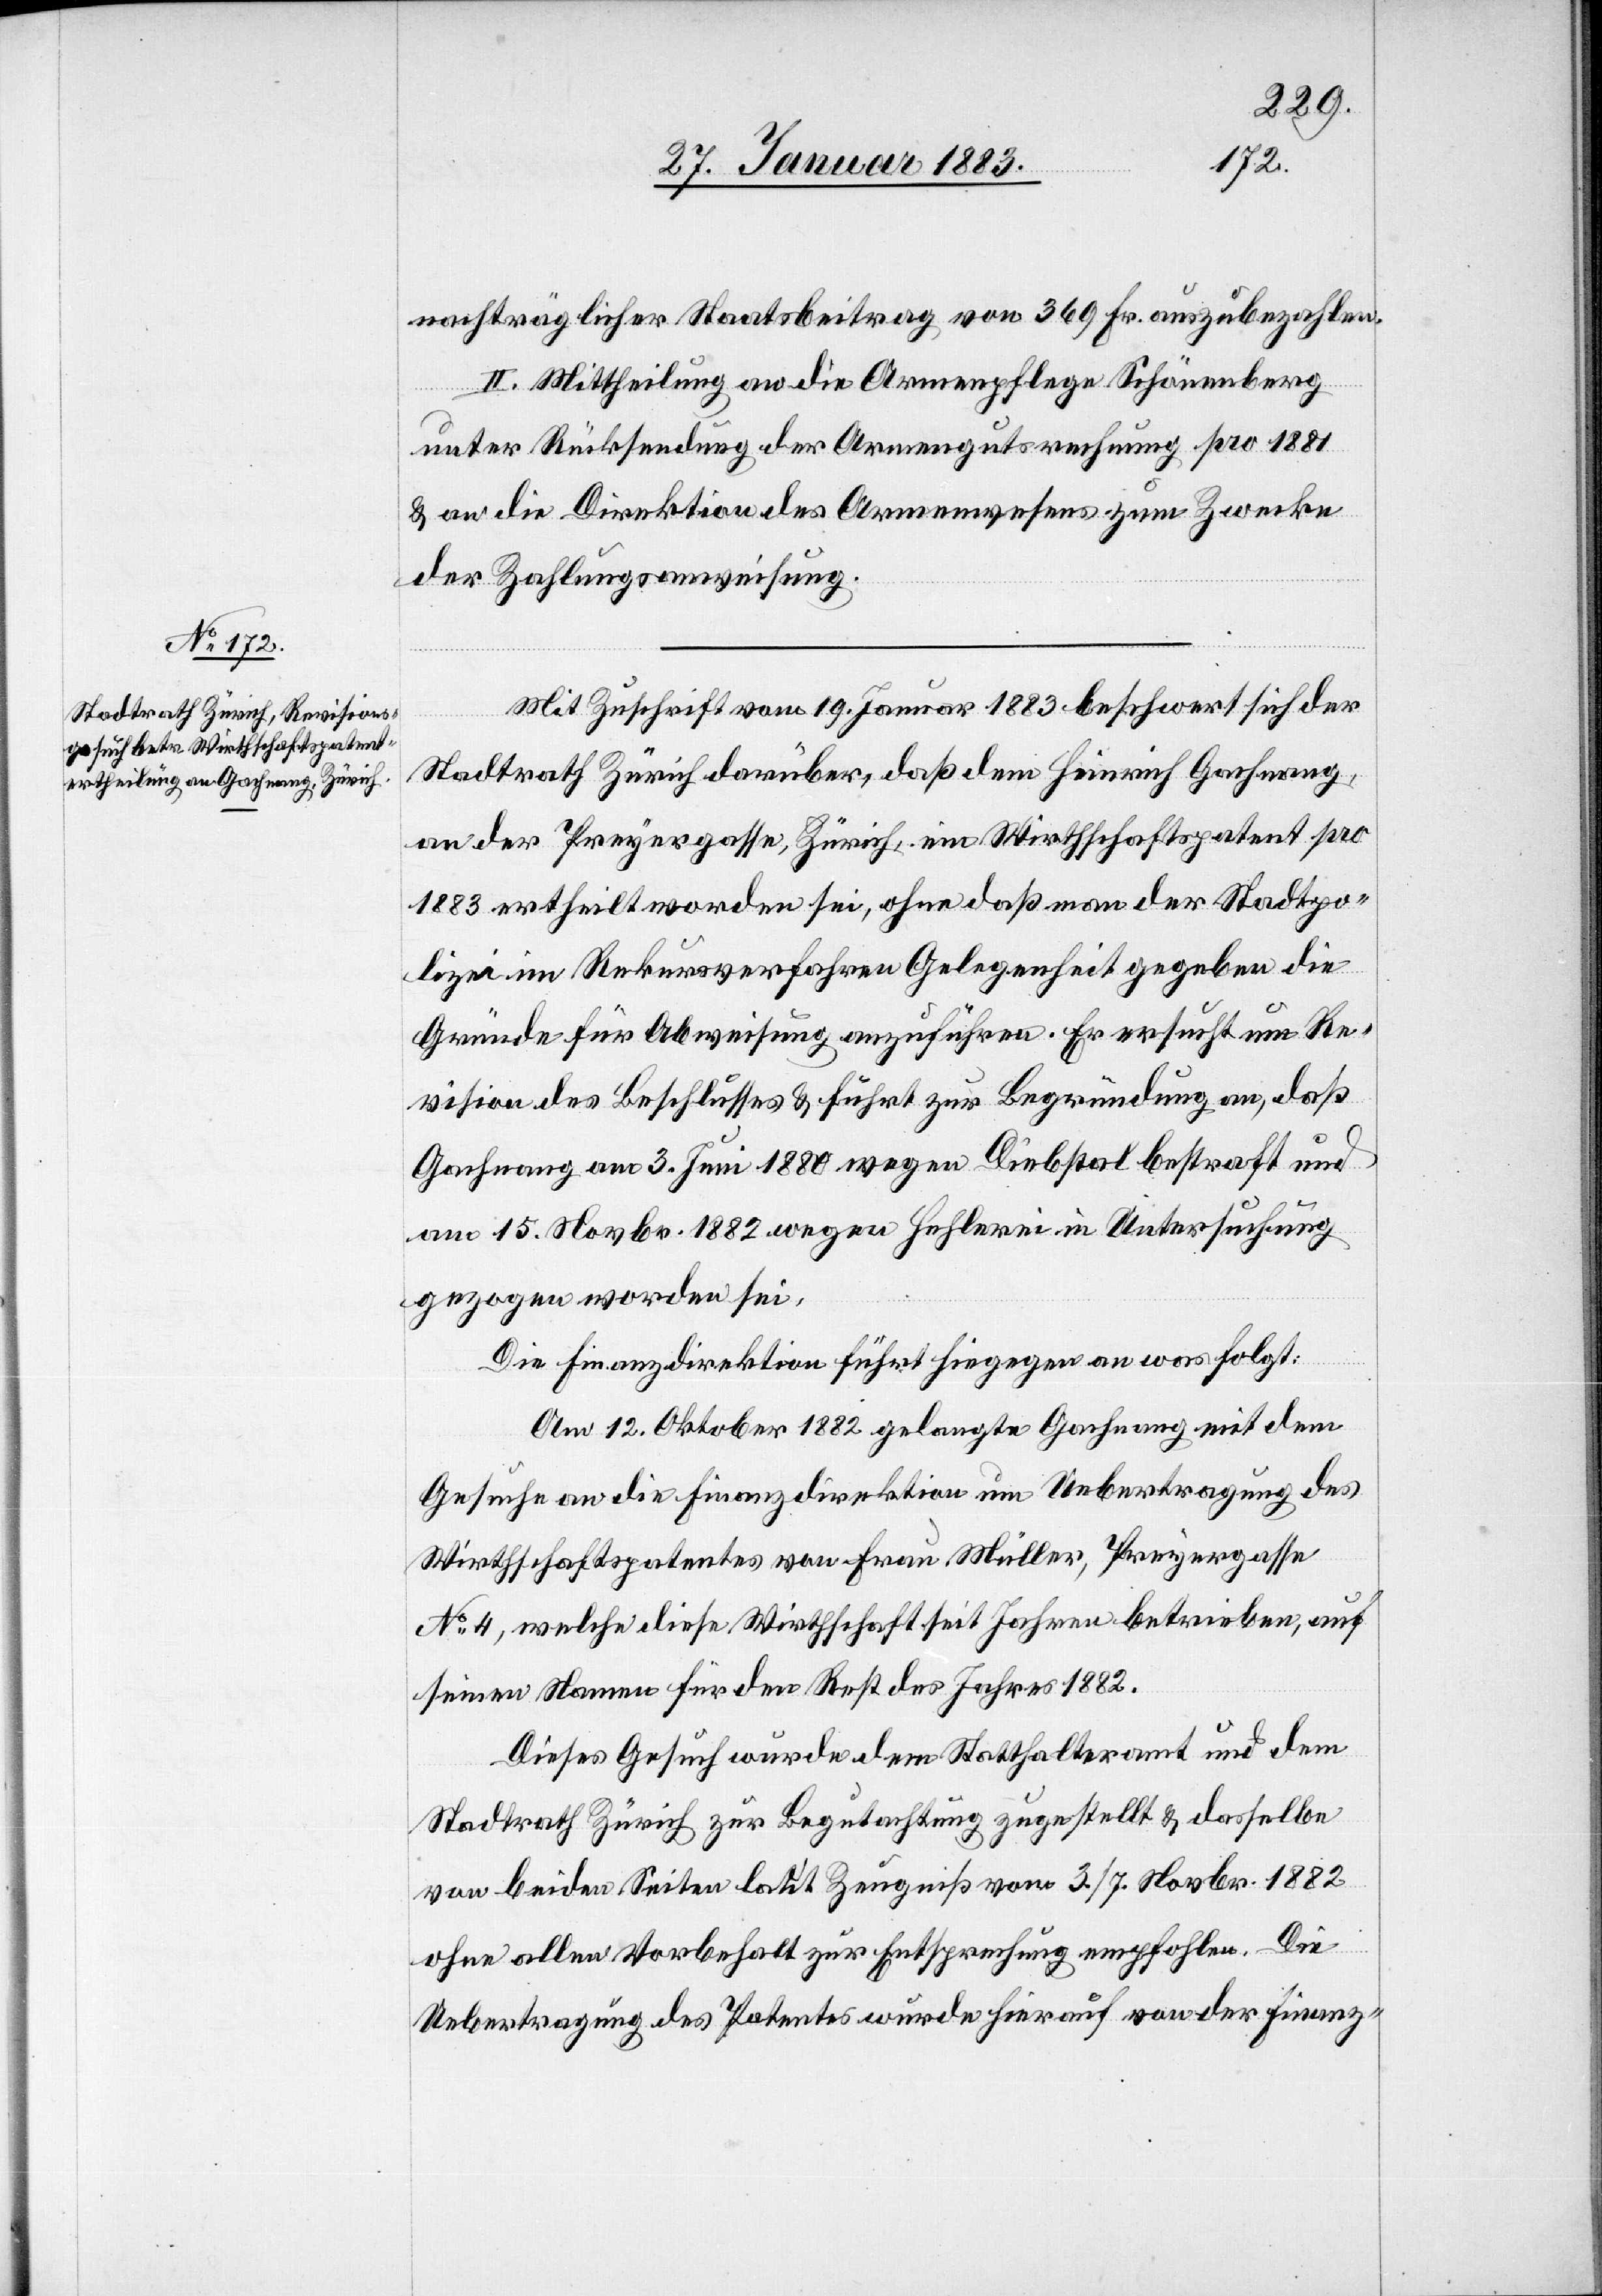
nachträglicher Staatsbeitrag von 369 Fr. auszubezahlen.
II. Mittheilung an die Armenpflege Schönenberg
unter Rücksendung der Armengutsrechnung pro 1881
& an die Direktion des Armenwesens zum Zwecke
der Zahlungsanweisung.
Mit Zuschrift vom 19. Januar 1883 beschwert sich der
Stadtrath Zürich darüber, daß dem Heinrich Gachnang,
an der Preyergasse, Zürich, ein Wirthschaftspatent pro
1883 ertheilt worden sei, ohne daß man der Stadtpo¬
lizei im Rekursverfahren Gelegenheit gegeben die
Gründe für Abweisung anzuführen. Er ersucht um Re¬
vision des Beschlusses & führt zur Begründung an, daß
Gachnang am 3. Juni 1880 wegen Diebstal bestraft und
am 15. Novbr. 1882 wegen Hehlerei in Untersuchung
gezogen worden sei.
Die Finanzdirektion führt hiegegen an was folgt:
Am 12. Oktober 1882 gelangte Gachnang mit dem
Gesuche an die Finanzdirektion um Uebertragung des
Wirthschaftspatentes von Frau Müller, Preyergasse
No 4, welche diese Wirthschaft seit Jahren betrieben, auf
seinen Namen für den Rest des Jahres 1882.
Dieses Gesuch wurde dem Statthalteramt und dem
Stadtrath Zürich zur Begutachtung zugestellt & dasselbe
von beiden Seiten laut Zeugniß vom 3./7. Novbr. 1882
ohne allen Vorbehalt zur Entsprechung empfohlen. Die
Uebertragung des Patentes wurde hierauf von der Finanz-